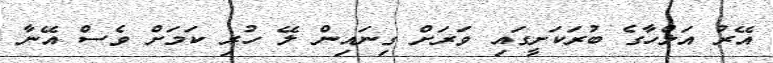
އޭރު އަލްހާގެ ބުރަކަށީގައި ވަރަށް ގިނައިން ލޭ ހުރި ކަމަށް ވެސް އޭނާ